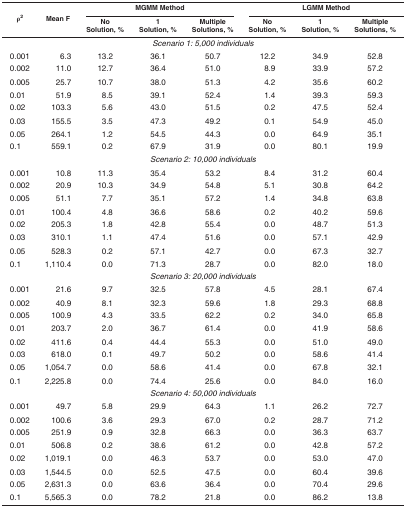
<table><thead><tr><td rowspan="2"><b>ρ<sup>2</sup></b></td><td rowspan="2"><b>Mean F</b></td><td colspan="3"><b>MGMM Method</b></td><td colspan="3"><b>LGMM Method</b></td></tr><tr><td><b>No Solution, %</b></td><td><b>1 Solution, %</b></td><td><b>Multiple Solutions, %</b></td><td><b>No Solution, %</b></td><td><b>1 Solution, %</b></td><td><b>Multiple Solutions, %</b></td></tr></thead><tbody><tr><td colspan="8"><i>Scenario 1: 5,000 individuals</i></td></tr><tr><td>0.001</td><td>6.3</td><td>13.2</td><td>36.1</td><td>50.7</td><td>12.2</td><td>34.9</td><td>52.8</td></tr><tr><td>0.002</td><td>11.0</td><td>12.7</td><td>36.4</td><td>51.0</td><td>8.9</td><td>33.9</td><td>57.2</td></tr><tr><td>0.005</td><td>25.7</td><td>10.7</td><td>38.0</td><td>51.3</td><td>4.2</td><td>35.6</td><td>60.2</td></tr><tr><td>0.01</td><td>51.9</td><td>8.5</td><td>39.1</td><td>52.4</td><td>1.4</td><td>39.3</td><td>59.3</td></tr><tr><td>0.02</td><td>103.3</td><td>5.6</td><td>43.0</td><td>51.5</td><td>0.2</td><td>47.5</td><td>52.4</td></tr><tr><td>0.03</td><td>155.5</td><td>3.5</td><td>47.3</td><td>49.2</td><td>0.1</td><td>54.9</td><td>45.0</td></tr><tr><td>0.05</td><td>264.1</td><td>1.2</td><td>54.5</td><td>44.3</td><td>0.0</td><td>64.9</td><td>35.1</td></tr><tr><td>0.1</td><td>559.1</td><td>0.2</td><td>67.9</td><td>31.9</td><td>0.0</td><td>80.1</td><td>19.9</td></tr><tr><td colspan="8"><i>Scenario 2: 10,000 individuals</i></td></tr><tr><td>0.001</td><td>10.8</td><td>11.3</td><td>35.4</td><td>53.2</td><td>8.4</td><td>31.2</td><td>60.4</td></tr><tr><td>0.002</td><td>20.9</td><td>10.3</td><td>34.9</td><td>54.8</td><td>5.1</td><td>30.8</td><td>64.2</td></tr><tr><td>0.005</td><td>51.1</td><td>7.7</td><td>35.1</td><td>57.2</td><td>1.4</td><td>34.8</td><td>63.8</td></tr><tr><td>0.01</td><td>100.4</td><td>4.8</td><td>36.6</td><td>58.6</td><td>0.2</td><td>40.2</td><td>59.6</td></tr><tr><td>0.02</td><td>205.3</td><td>1.8</td><td>42.8</td><td>55.4</td><td>0.0</td><td>48.7</td><td>51.3</td></tr><tr><td>0.03</td><td>310.1</td><td>1.1</td><td>47.4</td><td>51.6</td><td>0.0</td><td>57.1</td><td>42.9</td></tr><tr><td>0.05</td><td>528.3</td><td>0.2</td><td>57.1</td><td>42.7</td><td>0.0</td><td>67.3</td><td>32.7</td></tr><tr><td>0.1</td><td>1,110.4</td><td>0.0</td><td>71.3</td><td>28.7</td><td>0.0</td><td>82.0</td><td>18.0</td></tr><tr><td colspan="8"><i>Scenario 3: 20,000 individuals</i></td></tr><tr><td>0.001</td><td>21.6</td><td>9.7</td><td>32.5</td><td>57.8</td><td>4.5</td><td>28.1</td><td>67.4</td></tr><tr><td>0.002</td><td>40.9</td><td>8.1</td><td>32.3</td><td>59.6</td><td>1.8</td><td>29.3</td><td>68.8</td></tr><tr><td>0.005</td><td>100.9</td><td>4.3</td><td>33.5</td><td>62.2</td><td>0.2</td><td>34.0</td><td>65.8</td></tr><tr><td>0.01</td><td>203.7</td><td>2.0</td><td>36.7</td><td>61.4</td><td>0.0</td><td>41.9</td><td>58.6</td></tr><tr><td>0.02</td><td>411.6</td><td>0.4</td><td>44.4</td><td>55.3</td><td>0.0</td><td>51.0</td><td>49.0</td></tr><tr><td>0.03</td><td>618.0</td><td>0.1</td><td>49.7</td><td>50.2</td><td>0.0</td><td>58.6</td><td>41.4</td></tr><tr><td>0.05</td><td>1,054.7</td><td>0.0</td><td>58.6</td><td>41.4</td><td>0.0</td><td>67.8</td><td>32.1</td></tr><tr><td>0.1</td><td>2,225.8</td><td>0.0</td><td>74.4</td><td>25.6</td><td>0.0</td><td>84.0</td><td>16.0</td></tr><tr><td colspan="8"><i>Scenario 4: 50,000 individuals</i></td></tr><tr><td>0.001</td><td>49.7</td><td>5.8</td><td>29.9</td><td>64.3</td><td>1.1</td><td>26.2</td><td>72.7</td></tr><tr><td>0.002</td><td>100.6</td><td>3.6</td><td>29.3</td><td>67.0</td><td>0.2</td><td>28.7</td><td>71.2</td></tr><tr><td>0.005</td><td>251.9</td><td>0.9</td><td>32.8</td><td>66.3</td><td>0.0</td><td>36.3</td><td>63.7</td></tr><tr><td>0.01</td><td>506.8</td><td>0.2</td><td>38.6</td><td>61.2</td><td>0.0</td><td>42.8</td><td>57.2</td></tr><tr><td>0.02</td><td>1,019.1</td><td>0.0</td><td>46.3</td><td>53.7</td><td>0.0</td><td>53.0</td><td>47.0</td></tr><tr><td>0.03</td><td>1,544.5</td><td>0.0</td><td>52.5</td><td>47.5</td><td>0.0</td><td>60.4</td><td>39.6</td></tr><tr><td>0.05</td><td>2,631.3</td><td>0.0</td><td>63.6</td><td>36.4</td><td>0.0</td><td>70.4</td><td>29.6</td></tr><tr><td>0.1</td><td>5,565.3</td><td>0.0</td><td>78.2</td><td>21.8</td><td>0.0</td><td>86.2</td><td>13.8</td></tr></tbody></table>